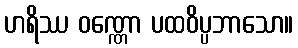
ဟရိဿ ဝဏ္ဏော ပထဝိပ္ပဘာသော။